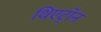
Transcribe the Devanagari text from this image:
थिएट्रॉन